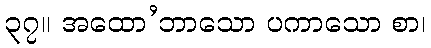
၃၇။ အထော’ဘာသော ပကာသော စာ၊